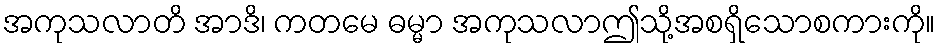
အကုသလာတိ အာဒိ၊ ကတမေ ဓမ္မာ အကုသလာဤသို့အစရှိသောစကားကို။